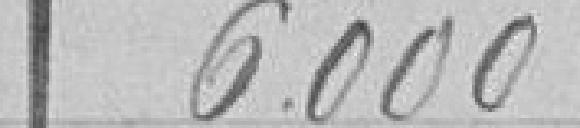
6000